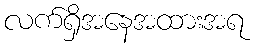
လက်ရှိအနေအထားအရ